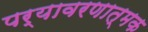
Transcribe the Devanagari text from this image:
पर्यावरणात्मक